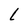
Character: l